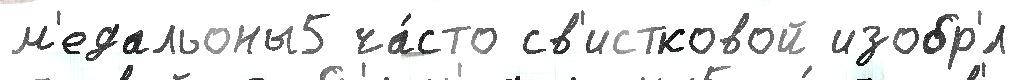
м'едальоны5 ча́сто св'истковой изобр'́л